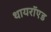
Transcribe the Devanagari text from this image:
थायरॉएड